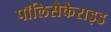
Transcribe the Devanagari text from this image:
पॉलिसैकैराइड